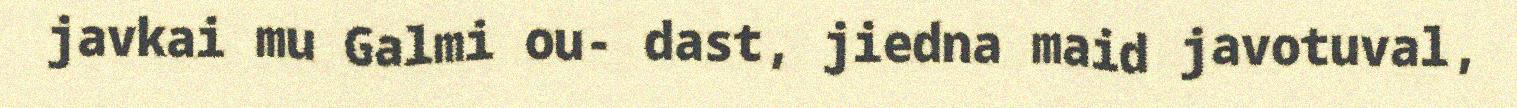
javkai mu Galmi ou- dast, jiedna maid javotuval,